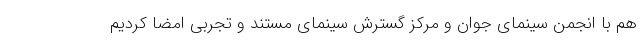
هم با انجمن سینمای جوان و مرکز گسترش سینمای مستند و تجربی امضا کردیم